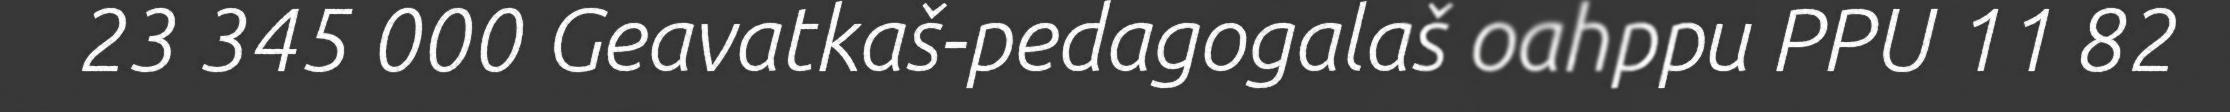
23 345 000 Geavatkaš-pedagogalaš oahppu PPU 11 82